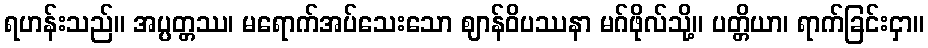
ရဟန်းသည်။ အပ္ပတ္တဿ၊ မရောက်အပ်သေးသော ဈာန်ဝိပဿနာ မဂ်ဖိုလ်သို့။ ပတ္တိယာ၊ ရာက်ခြင်းငှာ။